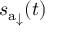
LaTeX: { s _ { \mathrm { a } } } _ { \downarrow } ( t )